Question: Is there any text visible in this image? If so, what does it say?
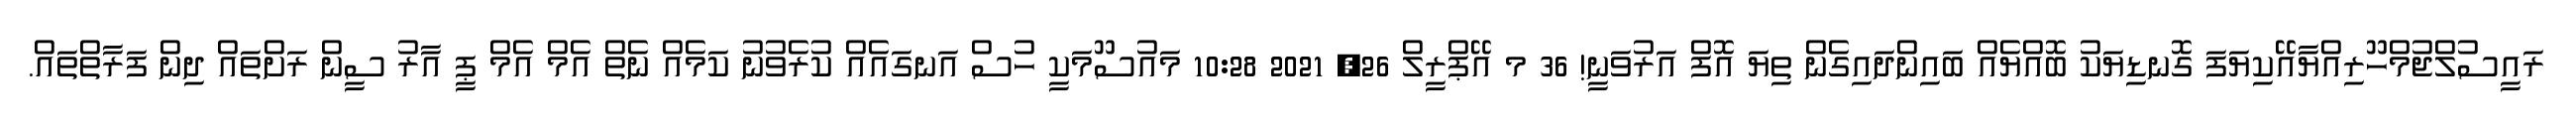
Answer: ރައީސުލްޖުމްހޫރިއްޔާއޭކިޔަފަ ގޮނޑިޔަކު ބޮއްޔެއް ބައިންދައިގެން ތިޔަ އޮފް އަރުވަނީ! 36 މ އޭޕްރީލް 26, 2021 10:28 މައުސޫމަކީ ހުސް އަނގައެއް ކުރެވުނު ކަމެއް ނެތް އެމް އެމް ޕީ އާރު ސީން ރަށްތައް ދިން ފަރާތްތައް.